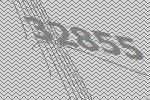
32855